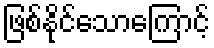
ဖြစ်နိုင်သောကြောင့်